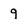
Character: 9